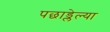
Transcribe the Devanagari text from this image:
पछाड्लेल्या